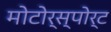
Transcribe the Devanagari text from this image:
मोटोर्स्पोर्ट